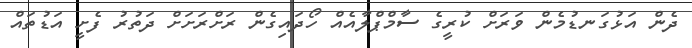
ދެން އަޅުގަނޑުމެން ވަރަށް ކުރީގެ ސާމްޕްލާއެއް ހޯދައިގެން ރަށްރަށަށް ދަތުރު ފެށީ އަޑުތައް